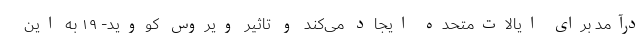
درآمد برای ایالات‌متحده ایجاد می‌کند و تاثیر ویروس کووید- ۱۹ به این